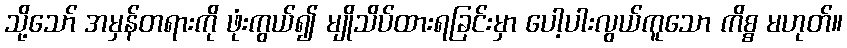
သို့သော် အမှန်တရားကို ဖုံးကွယ်၍ မျိုသိပ်ထားရခြင်းမှာ ပေါ့ပါးလွယ်ကူသော ကိစ္စ မဟုတ်။